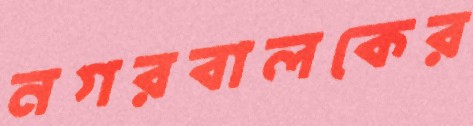
নগরবালকের